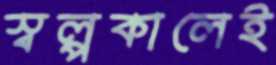
স্বল্পকালেই